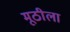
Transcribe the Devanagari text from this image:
मूठीला